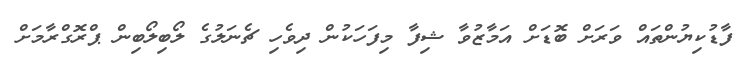
ފާޑުކިޔުންތައް ވަރަށް ބޮޑަށް އަމާޒުވާ ޝިފާ މިފަހަކުން ދިވެހި ޗެނަލުގެ ލޯބިލޯބިން ޕްރޮގްރާމަށް